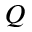
Q